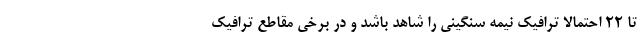
تا ۲۲ احتمالا ترافیک نیمه سنگینی را شاهد باشد و در برخی مقاطع ترافیک